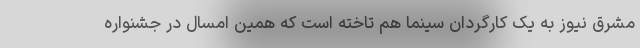
مشرق نیوز به یک کارگردان سینما هم تاخته است که همین امسال در جشنواره